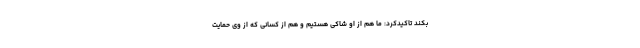
بکند تاکیدکرد: ما هم از او شاکی هستیم و هم از کسانی که از وی حمایت